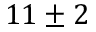
1 1 \pm 2